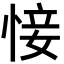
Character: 𢜡